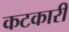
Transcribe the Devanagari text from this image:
कटकारी